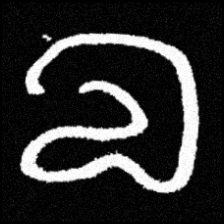
Pyu character \u2014 Myanmar letter: လ (romanized: la)